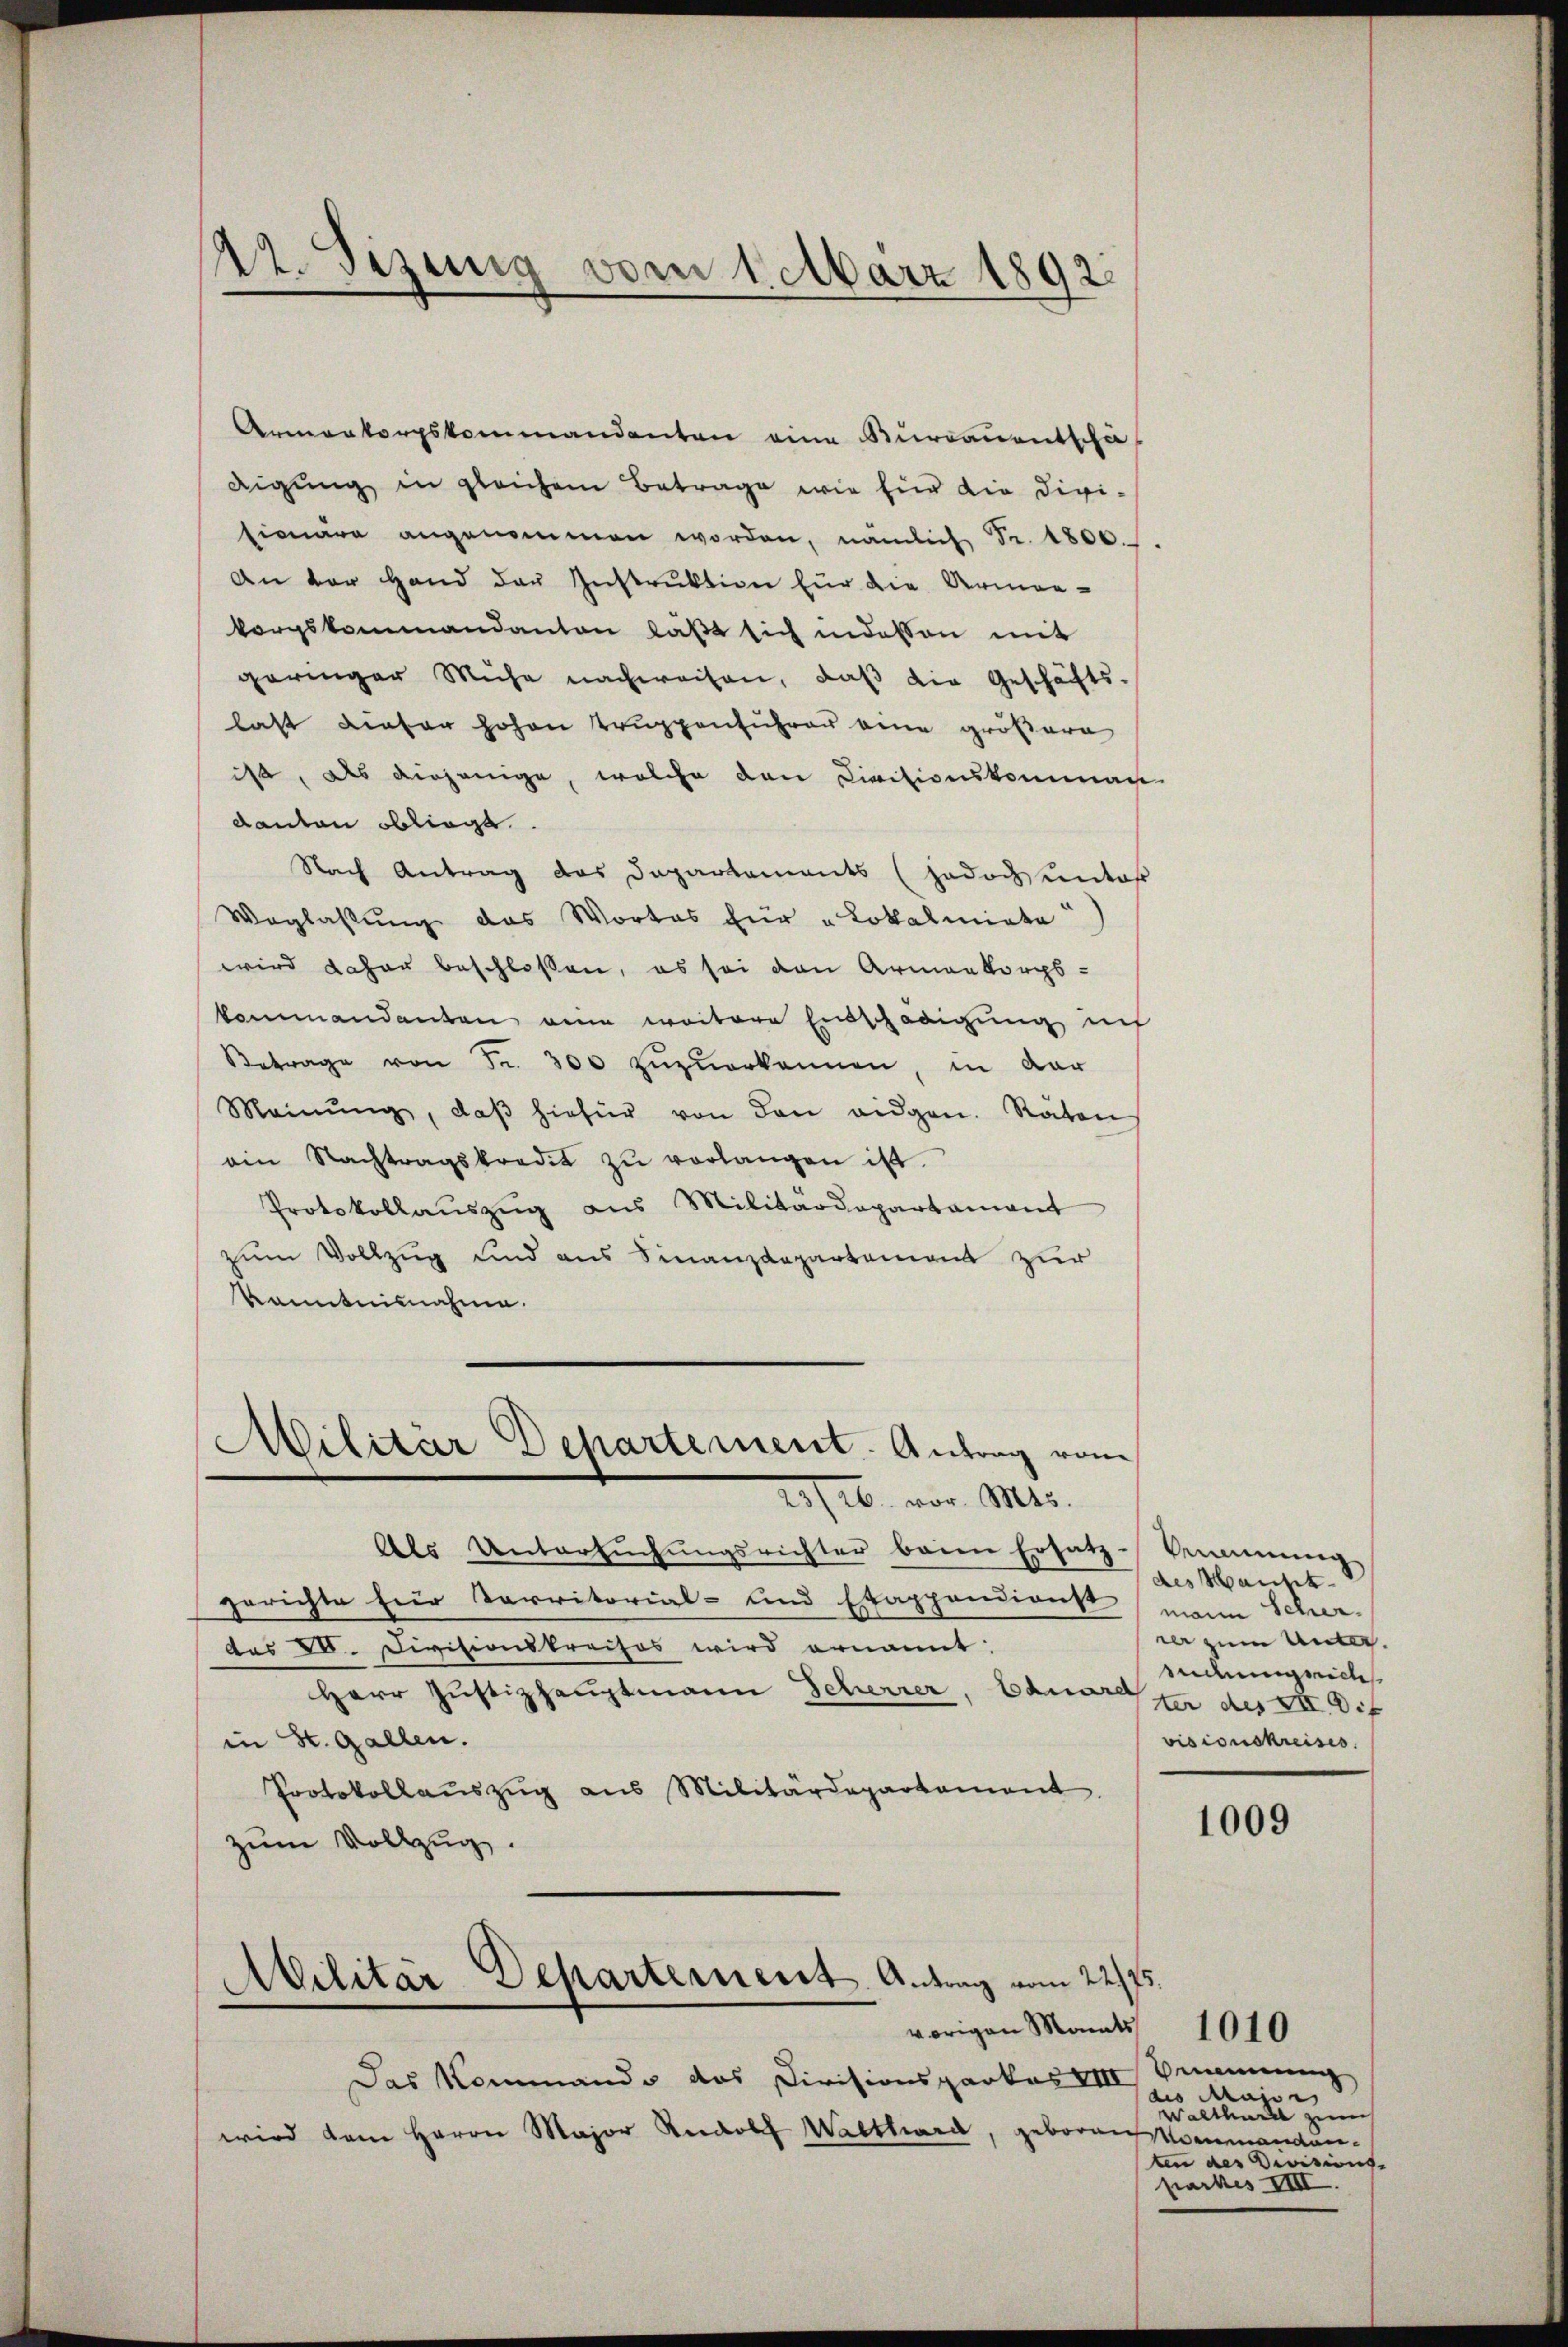
42. Sizung vom 1. März 1892

Armenkorpskommandenten eine Burcanentschädigung in gleichem Betrage wie für die Divi-
sionäre angenommen worden, nämlich Fr. 1800.
An der Hand der Instruktion für die Armen-
korpskommandanton läßt sich indessen mit
geringer Mühe nachweisen, daß die Geschäfts-
last dieser hohen Truppenführer eine größere
ist, als diejenige, welche den Civitionskomman
Kanton obliegt.
Nach Antrag das Departements (jedoch unter
Weglaßung das Wortes für „Lokalmiata
wird daher beschlossen, es sei von Armenkorps-
kommandanten eine weitere Entschädigung inf
Betrage von Fr. 300 zuzuerkennen, in dar
Meinŭng, daβ hiefür von den eidgen. Raten
ain Nachtragskredit zŭ verlangen ist.
Protokollaŭszŭg ans Militärdepartament
zum Vollzug und aus Finanzdepartement zur
kanntnisnahme.
Militär Departement. Antrag vom
20/26. vor. Mts.
Als Untersŭchŭngsrichter beim Ersatz.
gerichte für Carritorial- und Etappendienst
das VI. Divisionskreihos wird ernannt:
Herr Justizhauptmann Scherrer, Bauer in des XII. Dif
in St. Gallen.
Protokollaŭszŭg aŭs Militärdepartement
zum Vollzug.

Das Kommando das Divisionsparkas VIII
wird dem Herrn Major Rudolf Walthard, geboren Kommandan¬

Abilitär Departement. Antrag vom 22. 75.
vorigen Mandes 1010

kennung
des Hausk
mann Scher
rer zum Unteruduigeiches
visionskreises.

1009

emmung
des Krasse
Walthaill zum
ten des Divisions-
packes XIII.